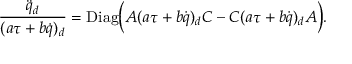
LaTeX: { \frac { { \ddot { q } } _ { d } } { ( a \tau + b \dot { q } ) _ { d } } } = \mathrm { D i a g } \Big ( A ( a \tau + b \dot { q } ) _ { d } C - C ( a \tau + b \dot { q } ) _ { d } A \Big ) .